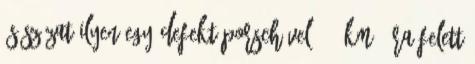
és Szózat Ilyen egy defekt Porschével 330 km óra felett